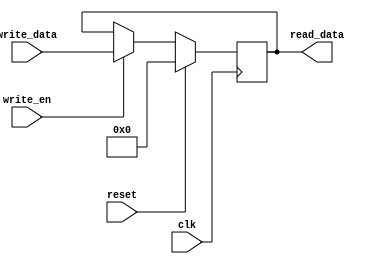
`timescale 1 ns / 1 ns
module hls_register (
    clk,
    reset,
    write_en,
    read_data,
    write_data
);

parameter width = 32;
parameter init_value = 0;
input  clk;
input  reset;
input  write_en;
input  [width-1 : 0 ] write_data;
output [width-1 : 0 ] read_data;
reg    [width-1 : 0 ] register [0 : 0];

always @(posedge clk)
begin
  if (reset)
    register[0] <= init_value;
  else if (write_en)
    register[0] <= write_data;
end
assign read_data = register[0];
endmodule